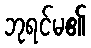
ဘုရင်မ၏